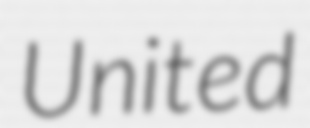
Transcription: United